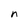
Character: n